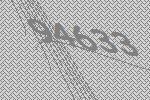
94633